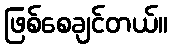
ဖြစ်စေချင်တယ်။